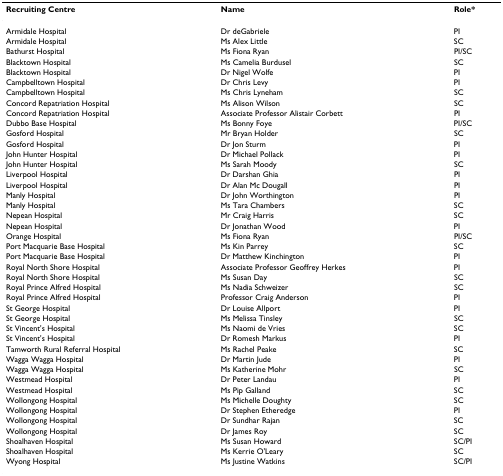
| Recruiting Centre | Name | Role* |
 | --- | --- | --- |
 | Armidale Hospital | Dr deGabriele | PI |
 | Armidale Hospital | Ms Alex Little | SC |
 | Bathurst Hospital | Ms Fiona Ryan | PI/SC |
 | Blacktown Hospital | Ms Camelia Burdusel | SC |
 | Blacktown Hospital | Dr Nigel Wolfe | PI |
 | Campbelltown Hospital | Dr Chris Levy | PI |
 | Campbelltown Hospital | Ms Chris Lyneham | SC |
 | Concord Repatriation Hospital | Ms Alison Wilson | SC |
 | Concord Repatriation Hospital | Associate Professor Alistair Corbett | PI |
 | Dubbo Base Hospital | Ms Bonny Foye | PI/SC |
 | Gosford Hospital | Mr Bryan Holder | SC |
 | Gosford Hospital | Dr Jon Sturm | PI |
 | John Hunter Hospital | Dr Michael Pollack | PI |
 | John Hunter Hospital | Ms Sarah Moody | SC |
 | Liverpool Hospital | Dr Darshan Ghia | PI |
 | Liverpool Hospital | Dr Alan Mc Dougall | PI |
 | Manly Hospital | Dr John Worthington | PI |
 | Manly Hospital | Ms Tara Chambers | SC |
 | Nepean Hospital | Mr Craig Harris | SC |
 | Nepean Hospital | Dr Jonathan Wood | PI |
 | Orange Hospital | Ms Fiona Ryan | PI/SC |
 | Port Macquarie Base Hospital | Ms Kin Parrey | SC |
 | Port Macquarie Base Hospital | Dr Matthew Kinchington | PI |
 | Royal North Shore Hospital | Associate Professor Geoffrey Herkes | PI |
 | Royal North Shore Hospital | Ms Susan Day | SC |
 | Royal Prince Alfred Hospital | Ms Nadia Schweizer | SC |
 | Royal Prince Alfred Hospital | Professor Craig Anderson | PI |
 | St George Hospital | Dr Louise Allport | PI |
 | St George Hospital | Ms Melissa Tinsley | SC |
 | St Vincent's Hospital | Ms Naomi de Vries | SC |
 | St Vincent's Hospital | Dr Romesh Markus | PI |
 | Tamworth Rural Referral Hospital | Ms Rachel Peake | SC |
 | Wagga Wagga Hospital | Dr Martin Jude | PI |
 | Wagga Wagga Hospital | Ms Katherine Mohr | SC |
 | Westmead Hospital | Dr Peter Landau | PI |
 | Westmead Hospital | Ms Pip Galland | SC |
 | Wollongong Hospital | Ms Michelle Doughty | SC |
 | Wollongong Hospital | Dr Stephen Etheredge | PI |
 | Wollongong Hospital | Dr Sundhar Rajan | SC |
 | Wollongong Hospital | Dr James Roy | SC |
 | Shoalhaven Hospital | Ms Susan Howard | SC/PI |
 | Shoalhaven Hospital | Ms Kerrie O'Leary | SC |
 | Wyong Hospital | Ms Justine Watkins | SC/PI |